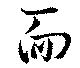
面